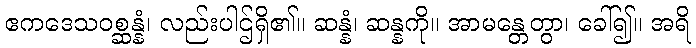
ဧကဒေသဝစ္ဆန္နံ၊ လည်းပါဌ်ရှိ၏။ ဆန္နံ၊ ဆန္နကို။ အာမန္တေတွာ၊ ခေါ်၍။ အရိ